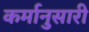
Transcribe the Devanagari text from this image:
कर्मानुसारी